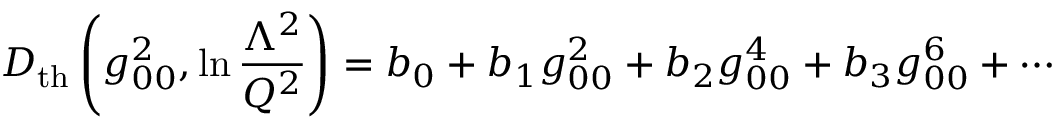
D _ { \mathrm { t h } } \left( g _ { 0 0 } ^ { 2 } , \ln { \frac { \Lambda ^ { 2 } } { Q ^ { 2 } } } \right) = b _ { 0 } + b _ { 1 } g _ { 0 0 } ^ { 2 } + b _ { 2 } g _ { 0 0 } ^ { 4 } + b _ { 3 } g _ { 0 0 } ^ { 6 } + \cdots